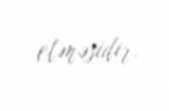
etməsidir.